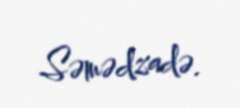
Səmədzadə.